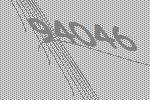
94046